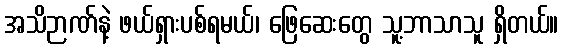
အသိဉာဏ်နဲ့ ဖယ်ရှားပစ်ရမယ်၊ ဖြေဆေးတွေ သူ့ဘာသာသူ ရှိတယ်။